Calcutta medical institutions reports 1879-81 [i.e.91]
Year: 1879
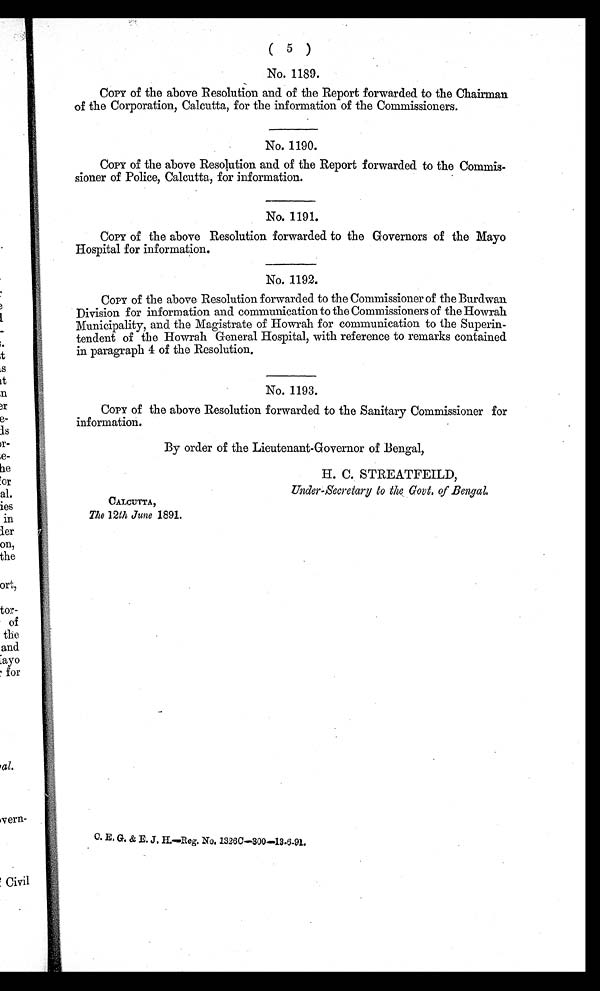
( 5 )
No. 1189.
Copy of the above Resolution and of the Report forwarded to the Chairman
of the Corporation, Calcutta, for the information of the Commissioners.
No. 1190.
Copy of the above Resolution and of the Report forwarded to the Commis-
sioner of Police, Calcutta, for information.
No. 1191.
Copy of the above Resolution forwarded to the Governors of the Mayo
Hospital for information.
No. 1192.
Copy of the above Resolution forwarded to the Commissioner of the Burdwan
Division for information and communication to the Commissioners of the Howrah
Municipality, and the Magistrate of Howrah for communication to the Superin-
tendent of the Howrah General Hospital, with reference to remarks contained
in paragraph 4 of the Resolution.
No. 1193.
Copy of the above Resolution forwarded to the Sanitary Commissioner for
information.
By order of the Lieutenant-Governor of Bengal,
H. C. STREATFEILD,
Under-Secretary to the Govt. of Bengal.
CALCUTTA,
The 12th June 1891.
C. E. G. & E. J. H.—Reg. No. 1326C—300—13.6-91.